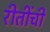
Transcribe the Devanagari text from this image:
रीतींची